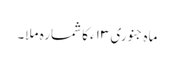
ماہ جنوری ۱۳ء کا شمارہ ملا۔